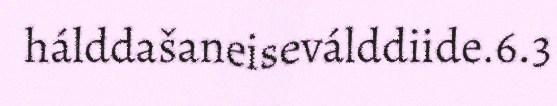
hálddašaneiseválddiide.6.3